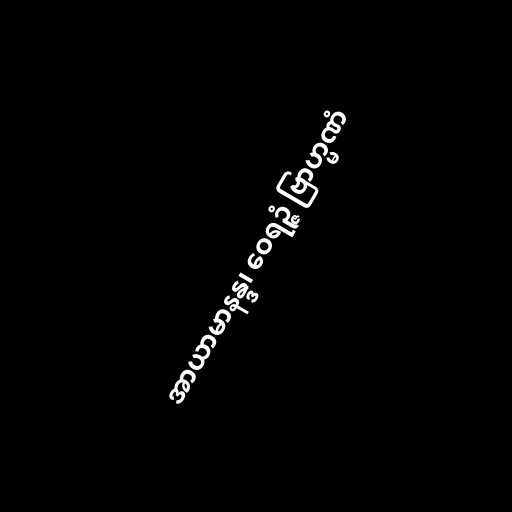
အာယာမာနန္ဒ၊ ဝေရဉ္ဇံ ဗြာဟ္မဏံ